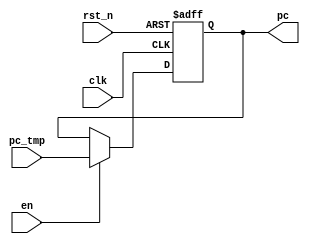
`timescale 1ns / 1ps
//////////////////////////////////////////////////////////////////////////////////
// Company: 
// Engineer: 
// 
// Design Name: 
// Module Name: PC
// Project Name: 
// Target Devices: 
// Tool Versions: 
// Description: 
// 
// Dependencies: 
// 
// Revision:
// Revision 0.01 - File Created
// Additional Comments:
// 
//////////////////////////////////////////////////////////////////////////////////


module PC(
    input wire clk,
    input wire rst_n,
	input wire en,
    input wire [31:0] pc_tmp,
    output reg [31:0] pc
    );
    
    always @(posedge clk or negedge rst_n) begin
        if (rst_n==0)
            pc	<= 32'h01000000;
        else if(en)
            pc	<= pc_tmp;
    end
endmodule